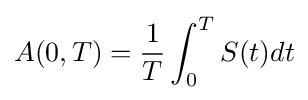
A(0,T)={\frac {1}{T}}\int _{0}^{T}S(t)dt